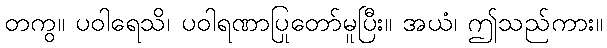
တကွ။ ပဝါရေသိ၊ ပဝါရဏာပြုတော်မူပြီး။ အယံ၊ ဤသည်ကား။